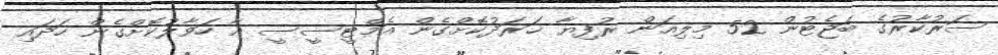
ސަރުކާރުގެ ބަޖެޓުން 52 މިލިއަން ރުފިޔާ ޚަރަދުކޮށްގެން އެމްޓީސީސީ އާ ހަވާލުކޮށްގެން ހަދައި